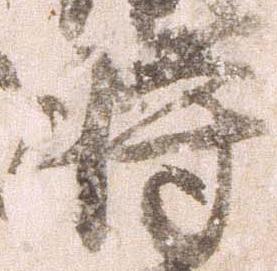
将